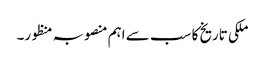
ملکی تاریخ کا سب سے اہم منصوبہ منظور۔